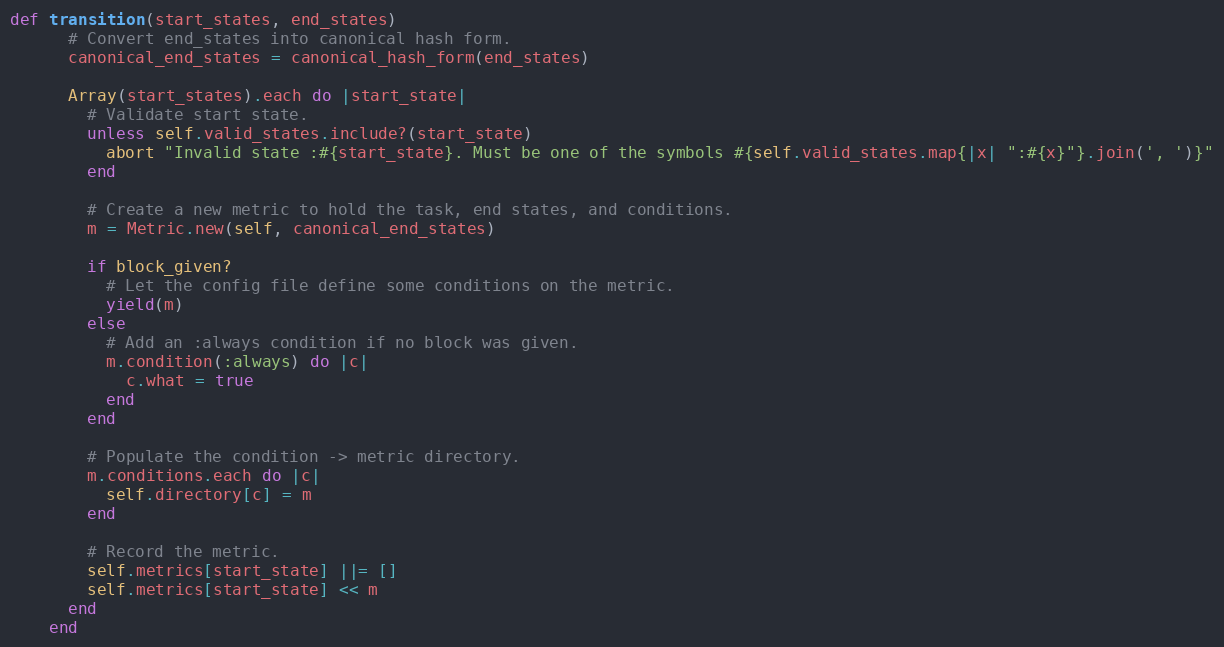
Language: Ruby
def transition(start_states, end_states)
      # Convert end_states into canonical hash form.
      canonical_end_states = canonical_hash_form(end_states)

      Array(start_states).each do |start_state|
        # Validate start state.
        unless self.valid_states.include?(start_state)
          abort "Invalid state :#{start_state}. Must be one of the symbols #{self.valid_states.map{|x| ":#{x}"}.join(', ')}"
        end

        # Create a new metric to hold the task, end states, and conditions.
        m = Metric.new(self, canonical_end_states)

        if block_given?
          # Let the config file define some conditions on the metric.
          yield(m)
        else
          # Add an :always condition if no block was given.
          m.condition(:always) do |c|
            c.what = true
          end
        end

        # Populate the condition -> metric directory.
        m.conditions.each do |c|
          self.directory[c] = m
        end

        # Record the metric.
        self.metrics[start_state] ||= []
        self.metrics[start_state] << m
      end
    end